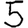
Digit: 5